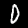
Label: 0